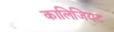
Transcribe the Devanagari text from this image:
कालिजियट